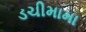
ડચીમામા